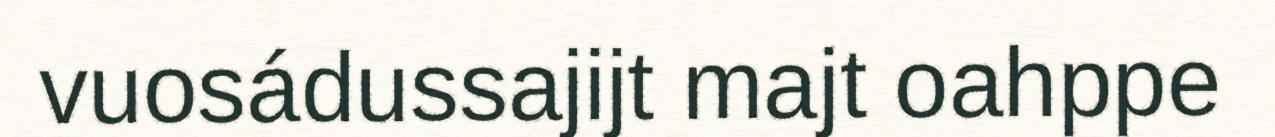
vuosádussajijt majt oahppe